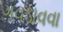
ગવડાવવા